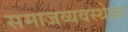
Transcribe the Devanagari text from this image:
समाजव्यवस्थेवर